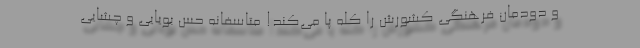
و دودمان فرهنگی کشورش را کله پا می‌کند! متاسفانه حس بویایی و چشایی